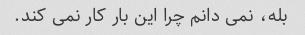
بله، نمی دانم چرا این بار کار نمی کند.